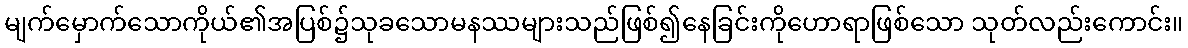
မျက်မှောက်သောကိုယ်၏အပြစ်၌သုခသောမနဿများသည်ဖြစ်၍နေခြင်းကိုဟောရာဖြစ်သော သုတ်လည်းကောင်း။